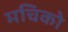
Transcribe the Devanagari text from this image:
मचिको